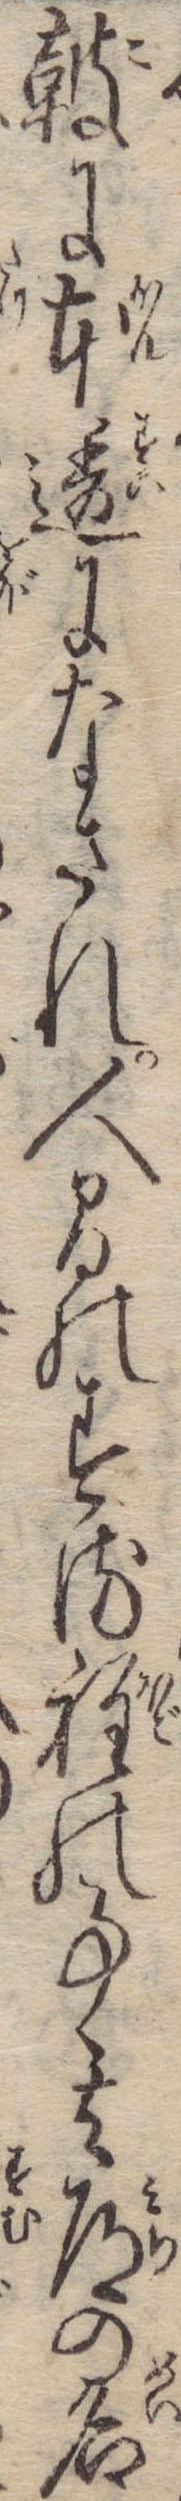
鼓に本透になされ人間のする程の事其道の名